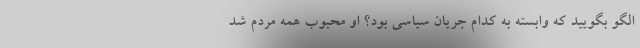
الگو بگویید که وابسته به کدام جریان سیاسی بود؟ او محبوب همه مردم شد